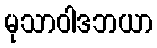
မုသာဝါဒဘယာ